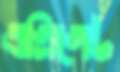
এগ্রিগেট